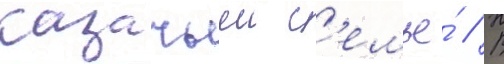
казачьеи с'емье́ // В